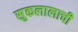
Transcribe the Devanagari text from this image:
सुकलालाची